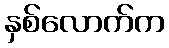
နှစ်လောက်က